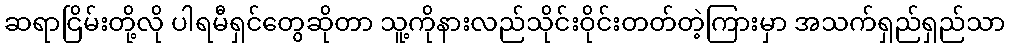
ဆရာငြိမ်းတို့လို ပါရမီရှင်တွေဆိုတာ သူ့ကိုနားလည်သိုင်းဝိုင်းတတ်တဲ့ကြားမှာ အသက်ရှည်ရှည်သာ